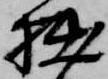
拙